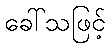
ခေါ်သဖြင့်